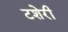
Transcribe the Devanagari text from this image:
टशेरी